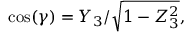
\cos ( \gamma ) = Y _ { 3 } / { \sqrt { 1 - Z _ { 3 } ^ { 2 } } } ,